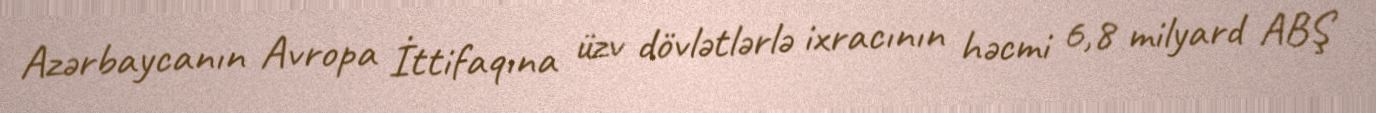
Azərbaycanın Avropa İttifaqına üzv dövlətlərlə ixracının həcmi 6,8 milyard ABŞ